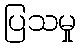
ပြသမှု